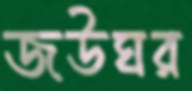
জউঘর